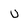
Character: U